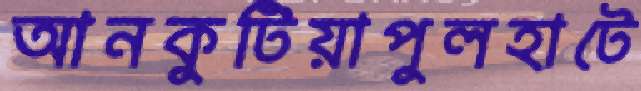
আনকুটিয়াপুলহাটে